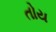
તોય